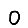
Digit: 0